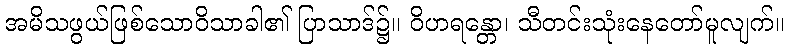
အမိသဖွယ်ဖြစ်သောဝိသာခါ၏ ပြာသာဒ်၌။ ဝိဟရန္တော၊ သီတင်းသုံးနေတော်မူလျက်။